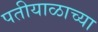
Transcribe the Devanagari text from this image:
पतीयाळाच्या